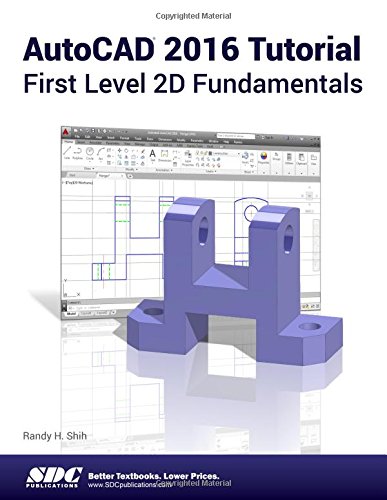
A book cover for AutoCAD 2016 Tutorial First Level 2D Fundamentals; Randy Shih; Computers & Technology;